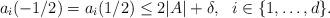
LaTeX: \begin{align*}a_i(-1/2)=a_i(1/2)\leq 2|A|+\delta,\,\,\,\,i\in\{1,\dots,d\}.\end{align*}